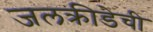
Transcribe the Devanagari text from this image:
जलक्रीडेची